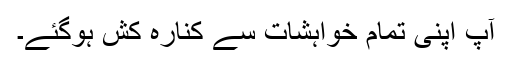
آپ اپنی تمام خواہشات سے کنارہ کش ہوگئے۔